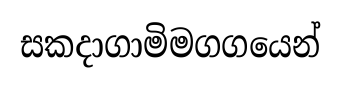
සකදාගාමිමගගයෙන්